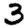
Digit: 3